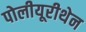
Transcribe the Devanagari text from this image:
पोलीयूरीथेन